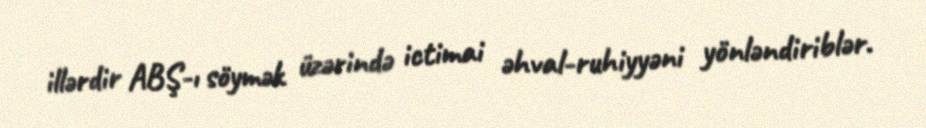
illərdir ABŞ-ı söymək üzərində ictimai əhval-ruhiyyəni yönləndiriblər.